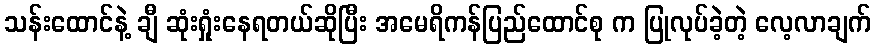
သန်းထောင်နဲ့ ချီ ဆုံးရှုံးနေရတယ်ဆိုပြီး အမေရိကန်ပြည်ထောင်စု က ပြုလုပ်ခဲ့တဲ့ လေ့လာချက်